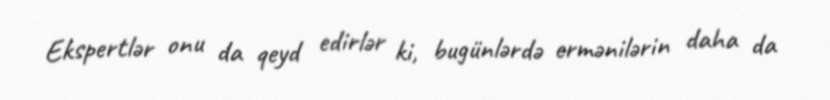
Ekspertlər onu da qeyd edirlər ki, bugünlərdə ermənilərin daha da